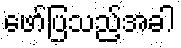
ဖော်ပြသည့်အခါ